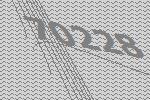
70228